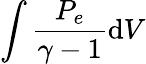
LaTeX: \int\frac{P_{e}}{\gamma-1}\mathrm{d}V